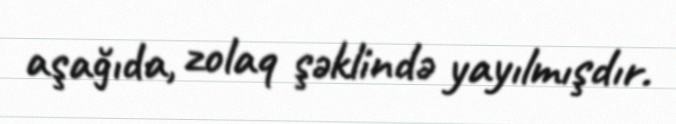
aşağıda, zolaq şəklində yayılmışdır.